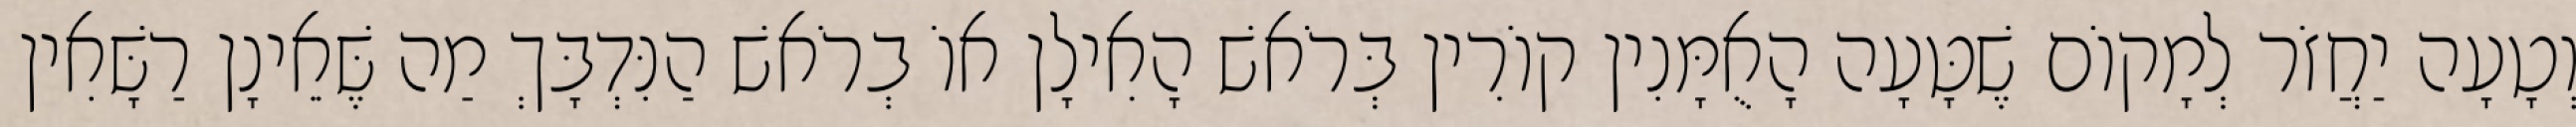
וְטָעָה יַחֲזֹר לְמָקוֹם שֶׁטָּעָה הָאֻמָּנִין קוֹרִין בְּרֹאשׁ הָאִילָן אוֹ בְרֹאשׁ הַנִּדְבָּךְ מַה שֶּׁאֵינָן רַשָּׁאִין